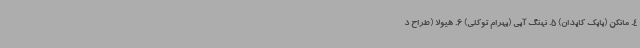
4. مانکن (بابک کایدان) 5. نهنگ آبی (بهرام توکلی) 6. هیولا (طراح د